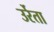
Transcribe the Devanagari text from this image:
उर्रेता